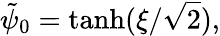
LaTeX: \tilde{\psi}_{0}=\operatorname{tanh}(\xi/\sqrt{2}),